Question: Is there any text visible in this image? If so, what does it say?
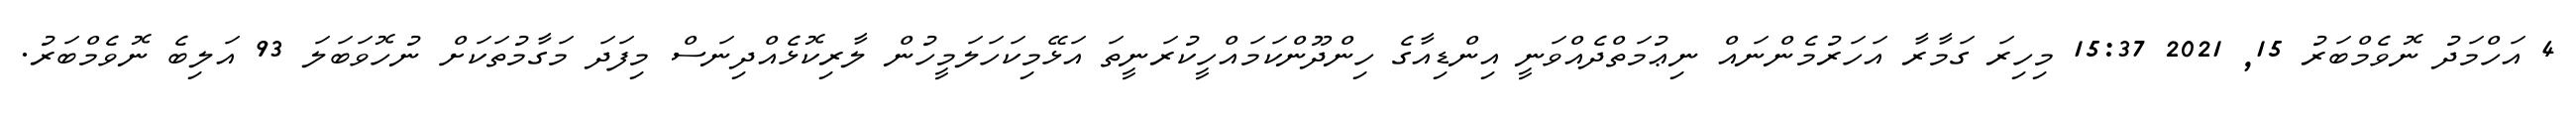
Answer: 4 އަހްމަދު ނޮވެމްބަރު 15, 2021 15:37 މިހިރަ ގަމާރާ އަހަރުމެންނައް ނިޢުމަތްދެއްވަނީ އިންޑިއާގެ ހިންދޫންކަމައްހީކުރަނީތަ އަޅޭމިކަހަލަމީހުން ލާރިކޮޅެއްދިނަސް މިފަދަ މަގާމުތަކަށް ނުހޮވަބަލަ 93 އަލިބެ ނޮވެމްބަރު.